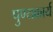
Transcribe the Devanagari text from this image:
पुण्यकार्य